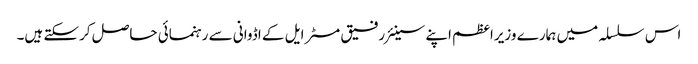
اس سلسلہ میں ہمارے وزیراعظم اپنے سینئر رفیق مسٹر ایل کے اڈوانی سے رہنمائی حاصل کرسکتے ہیں۔